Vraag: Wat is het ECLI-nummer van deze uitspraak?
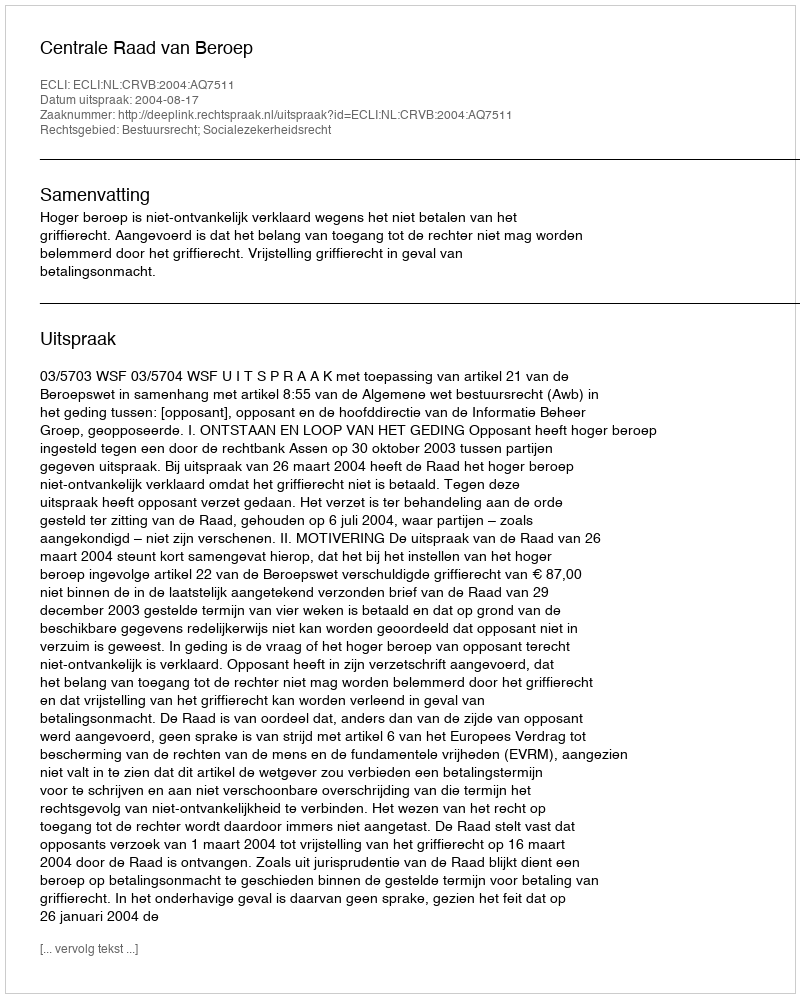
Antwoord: ECLI:NL:CRVB:2004:AQ7511